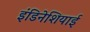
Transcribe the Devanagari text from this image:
इंडिनेशियाई